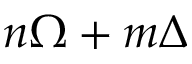
n \Omega + m \Delta